Senior Leaving Certificate Examination (including Day School Certificate (Higher) General paper), 1950
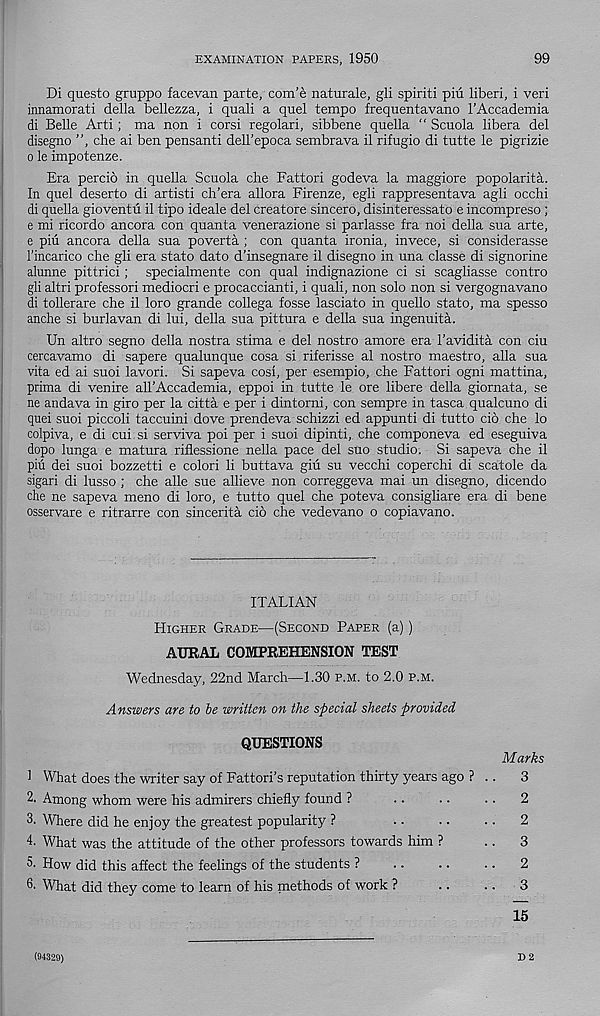
EXAMINATION PAPERS, 1950
99
Di questo gruppo facevan parte, com’e naturale, gli spirit! piii liberi, i veri
innamorati della bellezza, i quali a quel tempo frequentavano I’Accademia
di Belle Arti; ma non i corsi regolari, sibbene quella “ Scuola libera del
disegno ", che ai ben pensanti dell’epoca sembrava il rifugio di tutte le pigrizie
o le impotenze.
Era percio in quella Scuola che Fattori godeva la maggiore popolarita.
In quel deserto di artisti ch’era allora Firenze, egli rappresentava agli occhi
di quella gioventu il tipo ideale del creatore sincero, disinteressato e incompreso ;
e mi ricordo ancora con quanta venerazione si parlasse fra noi della sua arte,
e piu ancora della sua poverta ; con quanta ironia, invece, si considerasse
1’incarico che gli era stato dato d’insegnare il disegno in una classe di signorine
alunne pittrici; specialmente con qual indignazione ci si scagliasse contro
gli altri professor! mediocri e procaccianti, i quali, non solo non si vergognavano
di tollerare che il loro grande collega fosse lasciato in quello stato, ma spesso
anche si burlavan di lui, della sua pittura e della sua ingenuita.
Un altro segno della nostra stima e del nostro amore era 1’avidita con ciu
cercavamo di sapere qualunque cosa si riferisse al nostro maestro, alia sua
vita ed ai suoi lavori. Si sapeva cosi, per esempio, che Fattori ogni mattina,
prima di venire all’Accademia, eppoi in tutte le ore libere della giornata, se
ne andava in giro per la citta e per i dintorni, con sempre in tasca qualcuno di
quei suoi piccoli taccuini dove prendeva schizzi ed appunti di tutto cib che lo
colpiva, e di cui.si serviva poi per i suoi dipinti, che componeva ed eseguiva
dopo lunga e matura riflessione nella pace del suo studio. Si sapeva che il
piu dei suoi bozzetti e colori li buttava giu su vecchi coperchi di scatole da
sigari di lusso ; che alle sue allieve non correggeva mai un disegno, dicendo
che ne sapeva meno di loro, e tutto quel che poteva consigliare era di bene
osservare e ritrarre con sincerita cio che vedevano o copiavano.
ITALIAN
Higher Grade—(Second Paper (a))
AURAL COMPREHENSION TEST
Wednesday, 22nd March—1.30 p.m. to 2.0 p.m.
Answers are to be written on the special sheets provided
QUESTIONS
Marks
1 What does the writer say of Fattori’s reputation thirty years ago ? ..
3
2. Among whom were his admirers chiefly found ?
..
..
..
2
3. Where did he enjoy the greatest popularity ?
..
..
..
2
4. What was the attitude of the other professors towards him ?
..
3
5. How did this affect the feelings of the students ?
..
..
..
2
3. What did they come to learn of his methods of work ?
..
..
3
15
(94329)
D 2